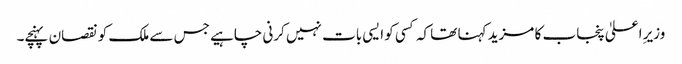
وزیرِ اعلیٰ پنجاب کا مزید کہنا تھا کہ کسی کو ایسی بات نہیں کرنی چاہیے جس سے ملک کو نقصان پہنچے۔